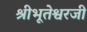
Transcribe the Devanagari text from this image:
श्रीभूतेश्वरजी